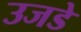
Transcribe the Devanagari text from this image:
उजडे